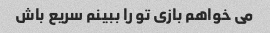
می خواهم بازی تو را ببینم سریع باش